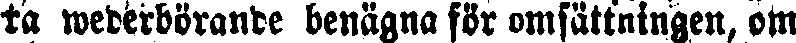
ta wederbörande benägna för omsättningen, om